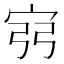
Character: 𫳆